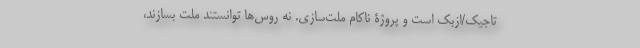
تاجیک/ازبک است و پروژۀ ناکام ملت‌سازی. نه روس‌ها توانستند ملت بسازند،